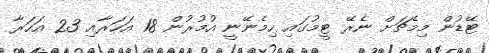
ޓޭޑުން މިމެޗަށް ނެރޭ ޓީމުގައި ހިމެނޭނީ އުމުރުން 18 އަހަރާއި 23 އަހަރާ